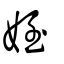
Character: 姪